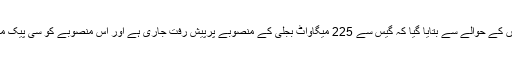
حطار انڈسٹریل زون میں ترقیاتی سرگرمیوں کے حوالے سے بتایا گیا کہ گیس سے 225 میگاواٹ بجلی کے منصوبے پرپیش رفت جاری ہے اور اس منصوبے کو سی پیک میں شامل کرنے کیلئے پیش کیا جا چکا ہے۔